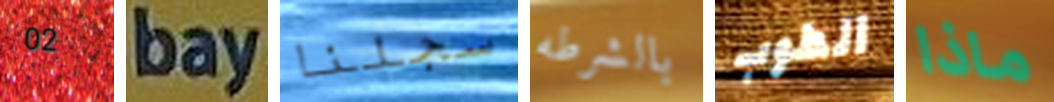
02 bay سجلنا بالشرطه الطوب ماذا